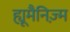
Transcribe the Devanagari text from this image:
ह्यूमैनिज़्म